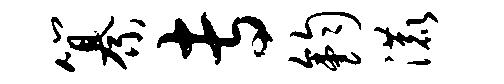
纂专钧漉